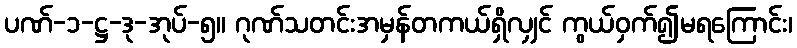
ပဏ်-၁-ဋ္ဌ-ဒု-အုပ်-၅။ ဂုဏ်သတင်းအမှန်တကယ်ရှိလျှင် ကွယ်ဝှက်၍မရကြောင်း၊